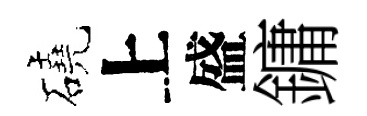
磽上盛鏞